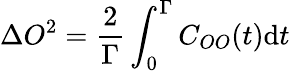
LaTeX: \Delta O^{2}=\frac{2}{\Gamma}\int_{0}^{\Gamma}C_{OO}(t)\mathrm{d}t